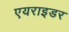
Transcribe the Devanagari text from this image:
एयराइडर